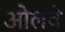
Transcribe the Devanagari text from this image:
ओलवे